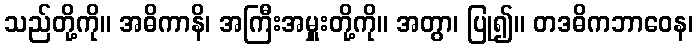
သည်တို့ကို။ အဓိကာနိ၊ အကြီးအမှူးတို့ကို။ အတွာ၊ ပြု၍။ တဒဓိကဘာဝေန၊